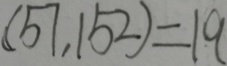
( 5 7 , 1 5 2 ) = 1 9